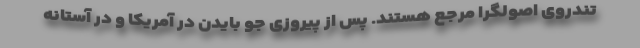
تندروی اصولگرا مرجع هستند. پس از پیروزی جو بایدن در آمریکا و در آستانه